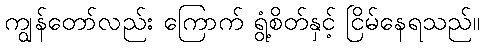
ကျွန်တော်လည်း ကြောက် ရွံ့စိတ်နှင့် ငြိမ်နေရသည်။